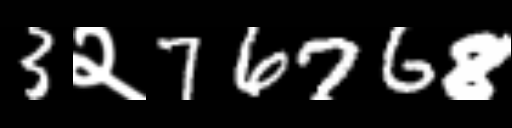
Text: 3२76768